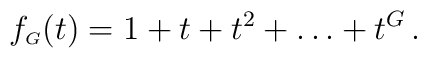
f_{\scriptscriptstyle G}(t) = 1+t+t^2+\ldots + t^G \,.